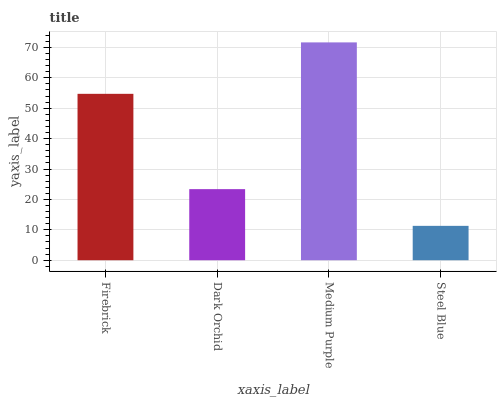
| xaxis_label | bars |
 | --- | --- |
 | Firebrick | 54.7 |
 | Dark Orchid | 23.4 |
 | Medium Purple | 71.7 |
 | Steel Blue | 11.3 |